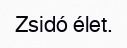
Zsidó élet.